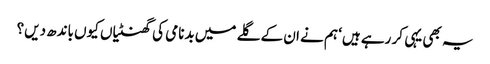
یہ بھی یہی کر رہے ہیں‘ ہم نے ان کے گلے میں بدنامی کی گھنٹیاں کیوں باندھ دیں؟